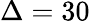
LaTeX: \Delta=30